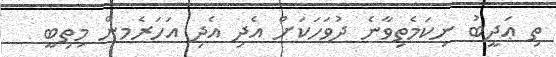
ތި ޢަދީބު ނިކަމެތިވާނެ ދުވަހަކަށް އެދި އެދި އަހަރެމން މިތިބީ